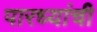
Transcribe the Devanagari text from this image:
पारध्यांची